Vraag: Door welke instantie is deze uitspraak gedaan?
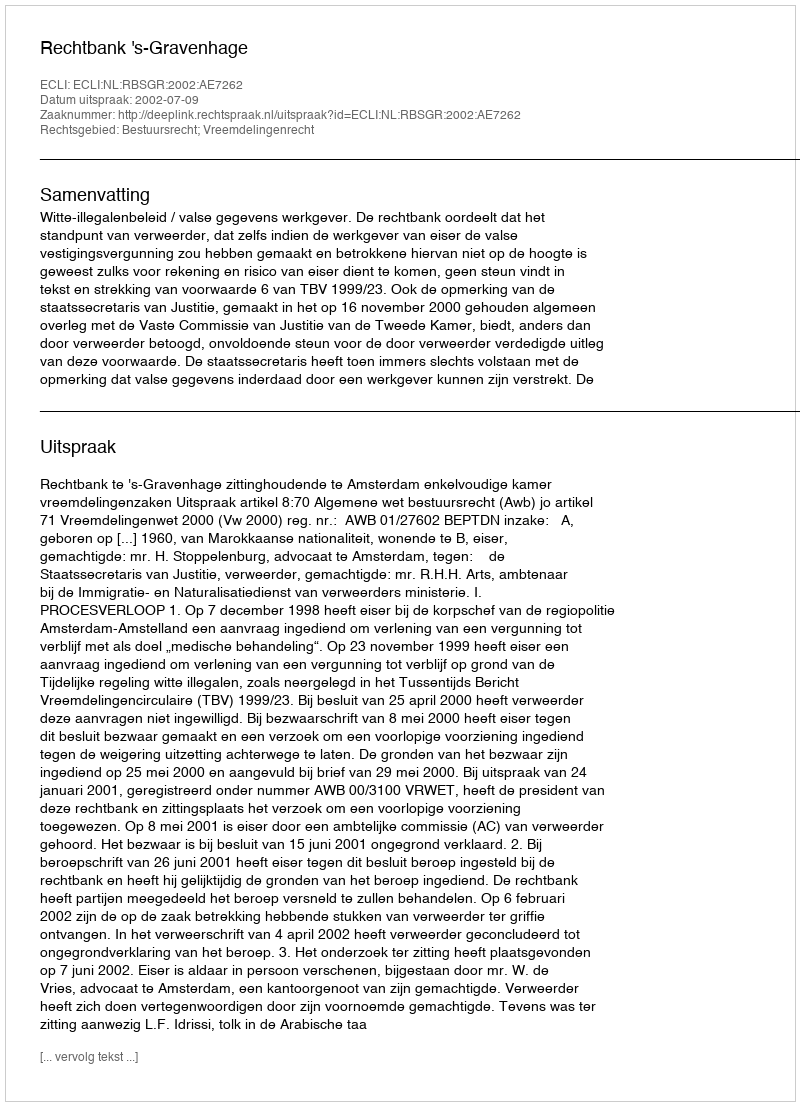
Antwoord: Rechtbank 's-Gravenhage